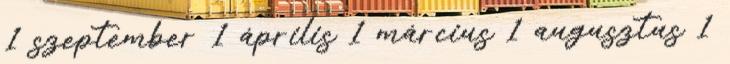
1 szeptember 1 április 1 március 1 augusztus 1